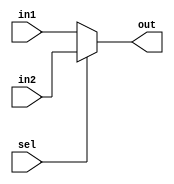
module Mux2x1_5Bits(out, in1, in2, sel);

input [4:0] in1, in2;
input sel;
output [4:0] out;

assign out = 	(sel == 1'b0) ? in1 :
		(sel == 1'b1) ? in2 : 5'bx;

endmodule